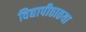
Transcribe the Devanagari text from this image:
विद्यापीठातया